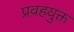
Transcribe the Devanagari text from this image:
प्रवहयुक्त